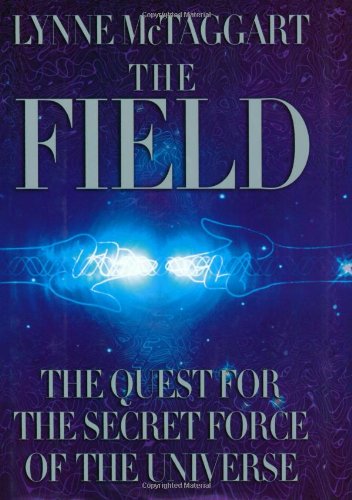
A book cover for The Field: The Quest for the Secret Force of the Universe; Lynne McTaggart; Health, Fitness & Dieting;